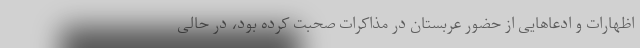
اظهارات و ادعاهایی از حضور عربستان در مذاکرات صحبت کرده بود، در حالی